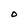
Character: O